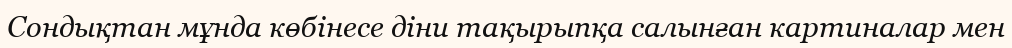
Сондықтан мұнда көбінесе діни тақырыпқа салынған картиналар мен